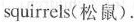
squirrels(松鼠).